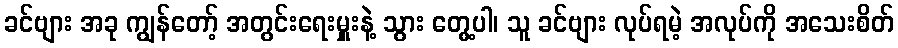
ခင်ဗျား အခု ကျွန်တော့် အတွင်းရေးမှူးနဲ့ သွား တွေ့ပါ၊ သူ ခင်ဗျား လုပ်ရမဲ့ အလုပ်ကို အသေးစိတ်